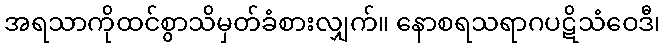
အရသာကိုထင်စွာသိမှတ်ခံစားလျှက်။ နောစရသရာဂပဋိသံဝေဒီ၊